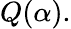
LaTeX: Q(\alpha).